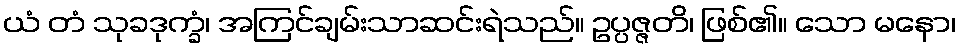
ယံ တံ သုခဒုက္ခံ၊ အကြင်ချမ်းသာဆင်းရဲသည်။ ဥပ္ပဇ္ဇတိ၊ ဖြစ်၏။ သော မနော၊